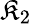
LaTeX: \mathfrak{K}_{2}